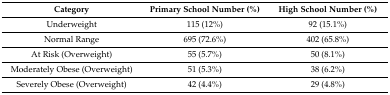
<table><thead><tr><td><b>Category</b></td><td><b>Primary School Number (%)</b></td><td><b>High School Number (%)</b></td></tr></thead><tbody><tr><td>Underweight</td><td>115 (12%)</td><td>92 (15.1%)</td></tr><tr><td>Normal Range</td><td>695 (72.6%)</td><td>402 (65.8%)</td></tr><tr><td>At Risk (Overweight)</td><td>55 (5.7%)</td><td>50 (8.1%)</td></tr><tr><td>Moderately Obese (Overweight)</td><td>51 (5.3%)</td><td>38 (6.2%)</td></tr><tr><td>Severely Obese (Overweight)</td><td>42 (4.4%)</td><td>29 (4.8%)</td></tr></tbody></table>